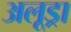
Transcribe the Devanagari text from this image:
अलूड्रा